Civil Veterinary Dept. Bombay admin report 1923-31 - 1923-1931
Year: 1923
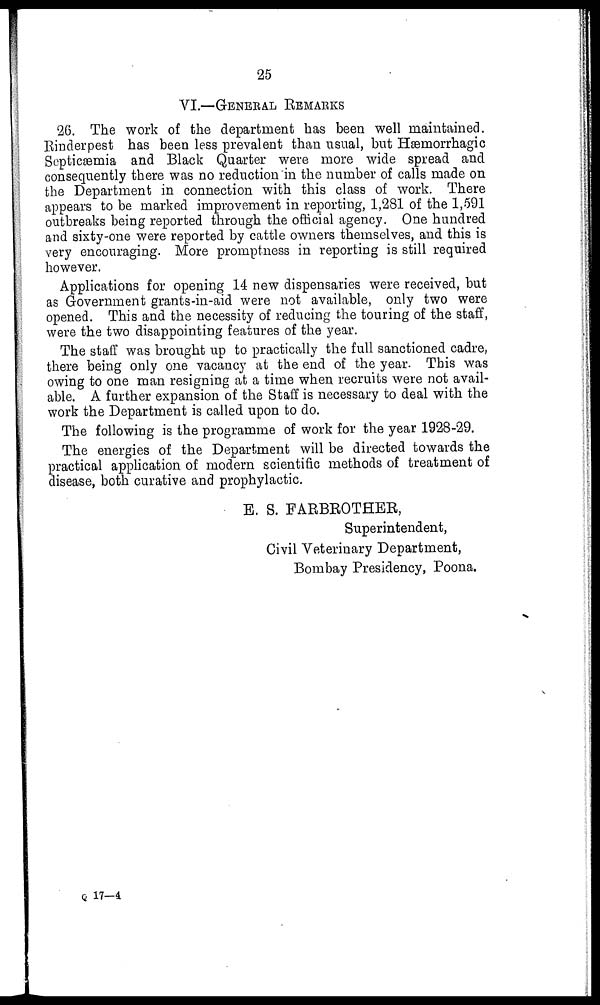
25
VI.—GENERAL
REMARKS
26. The work of the department has been well maintained.
Rinderpest has been less prevalent than usual, but Hæmorrhagic
Septicæmia and Black Quarter were more wide spread and
consequently there was no reduction in the number of calls made on
the Department in connection with this class of work. There
appears to be marked improvement in reporting, 1,281 of the 1,591
outbreaks being reported through the official agency. One hundred
and sixty-one were reported by cattle owners themselves, and this is
very encouraging. More promptness in reporting is still required
however.
Applications for opening 14 new dispensaries were received, but
as Government grants-in-aid were not available, only two were
opened. This and the necessity of reducing the touring of the staff,
were the two disappointing features of the year.
The staff was brought up to practically the full sanctioned cadre,
there being only one vacancy at the end of the year. This was
owing to one man resigning at a time when recruits were not avail-
able. A further expansion of the Staff is necessary to deal with the
work the Department is called upon to do.
The following is the programme of work for the year 1928-29.
The energies of the Department will be directed towards the
practical application of modern scientific methods of treatment of
disease, both curative and prophylactic.
E. S. FARBROTHER,
Superintendent,
Civil Veterinary Department,
Bombay Presidency, Poona.
Q 17-4